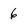
Character: 6